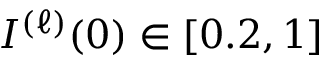
I ^ { ( \ell ) } ( 0 ) \in [ 0 . 2 , 1 ]